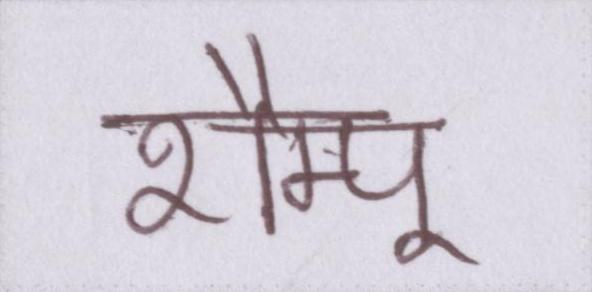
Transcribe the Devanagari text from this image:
शैम्पू